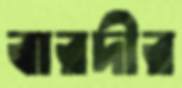
বারদীর